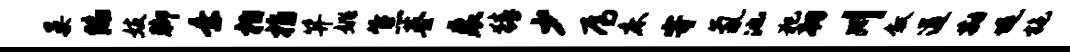
晏陷妓脚乘柏指笄姚焦基裘猜少焉床寄氤池犯韧川叙遒勘堤施